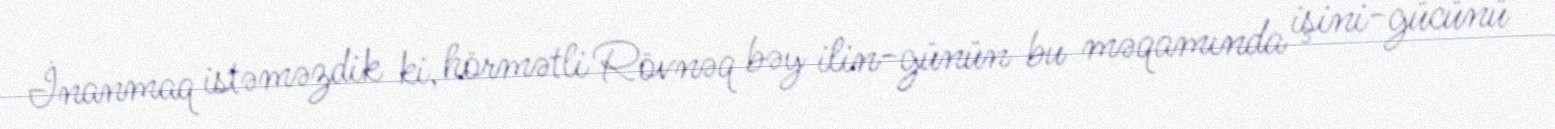
İnanmaq istəməzdik ki, hörmətli Rövnəq bəy ilin-günün bu məqamında işini-gücünü